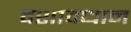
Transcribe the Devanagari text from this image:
दशावधान